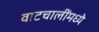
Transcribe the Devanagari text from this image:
वाटचालींमध्ये